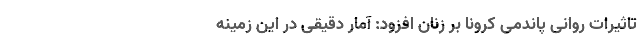
تاثیرات روانی پاندمی کرونا بر زنان افزود: آمار دقیقی در این زمینه